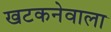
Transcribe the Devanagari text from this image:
खटकनेवाला